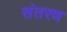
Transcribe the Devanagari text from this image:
संतरण